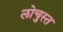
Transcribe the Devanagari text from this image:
लोचुस्त